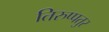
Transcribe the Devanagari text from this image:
तिरुप्पतुर